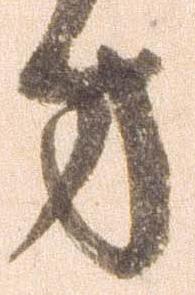
方